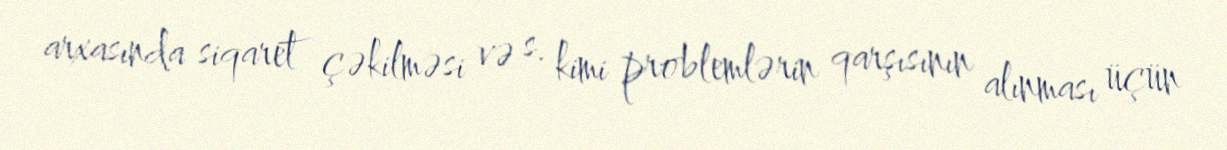
arxasında siqaret çəkilməsi və s. kimi problemlərin qarşısının alınması üçün